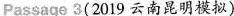
Passage 3(2019 云南昆明模拟)